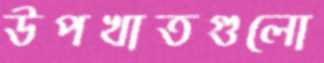
উপখাতগুলো